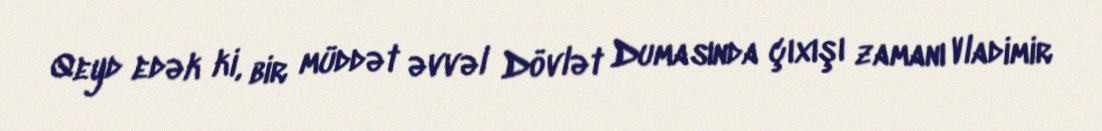
Qeyd edək ki, bir müddət əvvəl Dövlət Dumasında çıxışı zamanı Vladimir